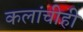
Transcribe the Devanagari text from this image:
कलांचीही